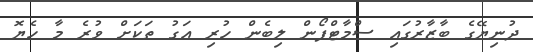
ދުނިޔޭގެ ބާޒާރުގައި ސްމާޓްފޯން ލިބެން ހުރި އަގު ތަކަށް ވުރެ މާ ހެޔޮ